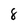
Character: 8